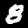
Digit: 8